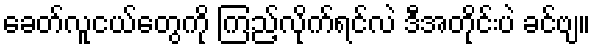
ခေတ်လူငယ်တွေကို ကြည့်လိုက်ရင်လဲ ဒီအတိုင်းပဲ ခင်ဗျ။